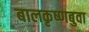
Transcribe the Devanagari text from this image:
बालकृष्णबुवा